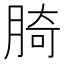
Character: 䐀